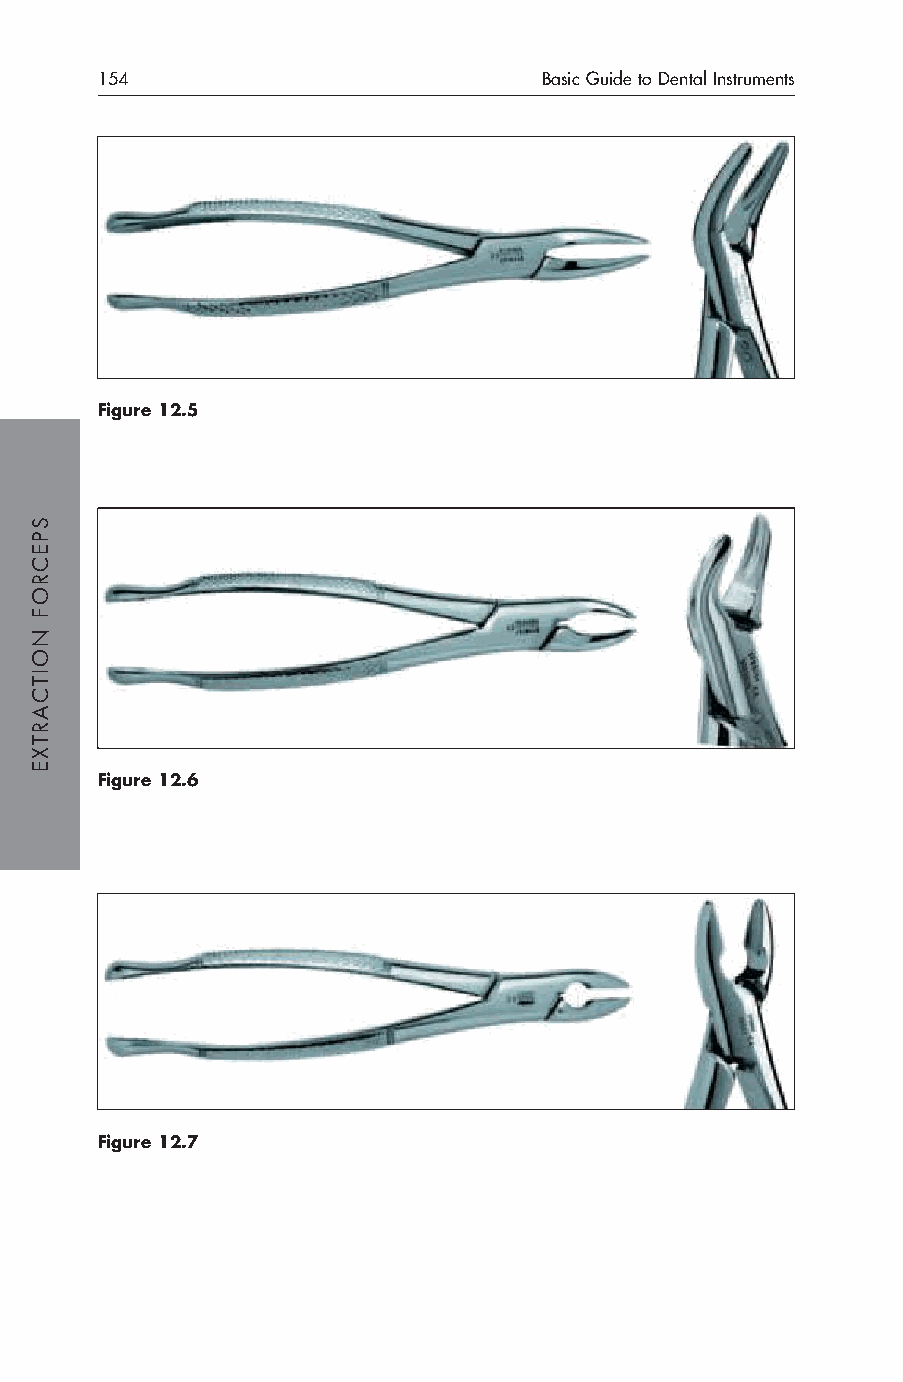
154                           Basic Guide to Dental Instruments
 Figure 12.5
 Figure 12.6
 Figure 12.7
 SPECROF
 NOITCARTXE